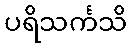
ပရိသင်္ကသိ